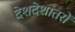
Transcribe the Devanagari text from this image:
देशदेशांतरों